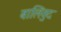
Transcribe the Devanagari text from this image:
बालिवुद